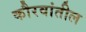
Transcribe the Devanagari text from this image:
कौरवांतील